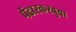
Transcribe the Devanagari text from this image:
पेंढारकरबुवा